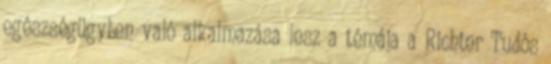
egészségügyben való alkalmazása lesz a témája a Richter Tudós